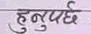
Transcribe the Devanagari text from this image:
हुनुदछ